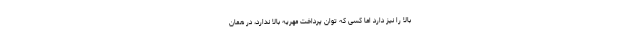
بالا را نیز دارد اما کسی که توان پرداخت مهریه بالا ندارد، در همان